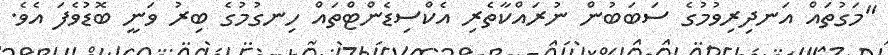
"މަގުތައް އަނދިރިވުމުގެ ސަބަބުން ނުރައްކާތެރި އެކްސިޑެންޓްތައް ހިނގުމުގެ ބިރު ވަނީ ބޮޑުވެފަ އެވެ.